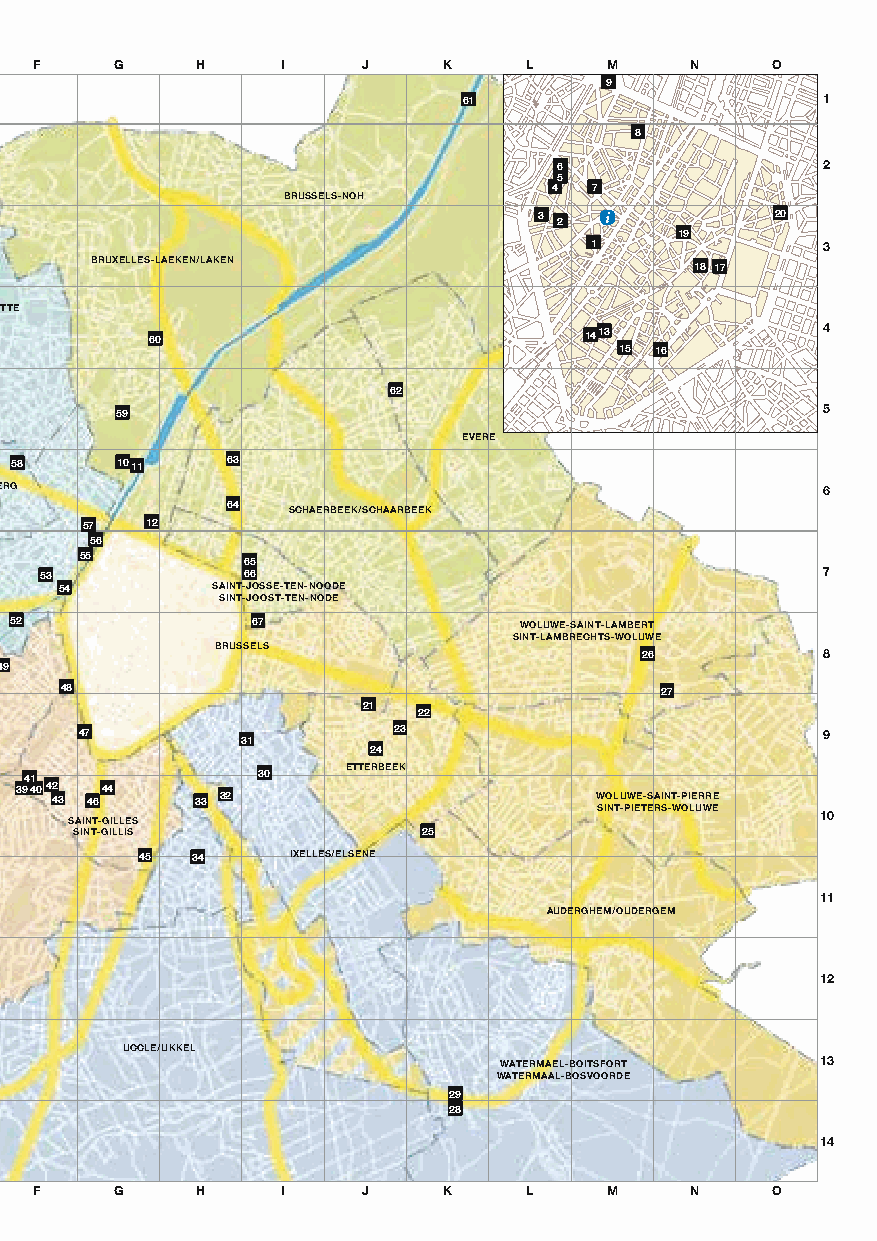
F     G    H     I    J    K     L    M     N    O
 9
 61                      1
 8
 6                 2
 5
 4 7
 BRUSSELS-NOH
 3 2 i          20
 19
 1               3
 BRUXELLES-LAEKEN/LAKEN                  18 17
 JETTE
 60
 1413            4
 15 16
 62
 59                                             5
 EVERE
 58     1011   63
 KOEKELBERG                                             6
 64  SCHAERBEEK/SCHAARBEEK
 57   12
 56
 55         65
 53           66                                     7
 54        SAINT-JOSSE-TEN-NOODE
 SINT-JOOST-TEN-NODE
 52              67               WOLUWE-SAINT-LAMBERT
 SINT-LAMBRECHTS-WOLUWE
 BRUSSELS                    26           8
 49
 48                                      27
 21
 22
 47                   23                           9
 31
 24
 41             30    ETTERBEEK
 394042
 43
 4644
 33 32                     WOLUWE-SAINT-PIERRE
 SINT-PIETERS-WOLUWE
 SAINT-GILLES                                     10
 SINT-GILLIS            25
 45  34    IXELLES/ELSENE
 11
 AUDERGHEM/OUDERGEM
 FOREST/VORST
 12
 UCCLE/UKKEL
 WATERMAEL-BOITSFORT  13
 WATERMAAL-BOSVOORDE
 29
 28
 14
 F     G    H     I    J    K     L    M     N    O